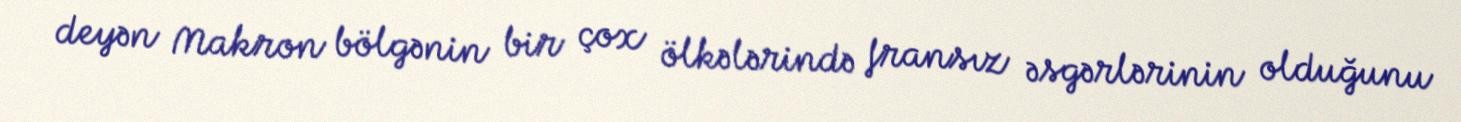
deyən Makron bölgənin bir çox ölkələrində fransız əsgərlərinin olduğunu